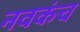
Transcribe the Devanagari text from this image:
नवकंच